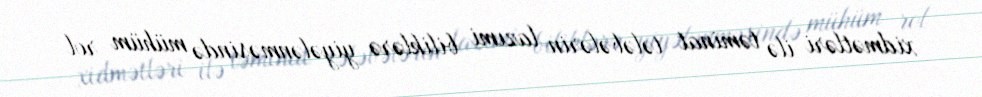
xidmətləri ilə təminat tələbələrin lazımi biliklərə yiyələnməsində mühüm rol